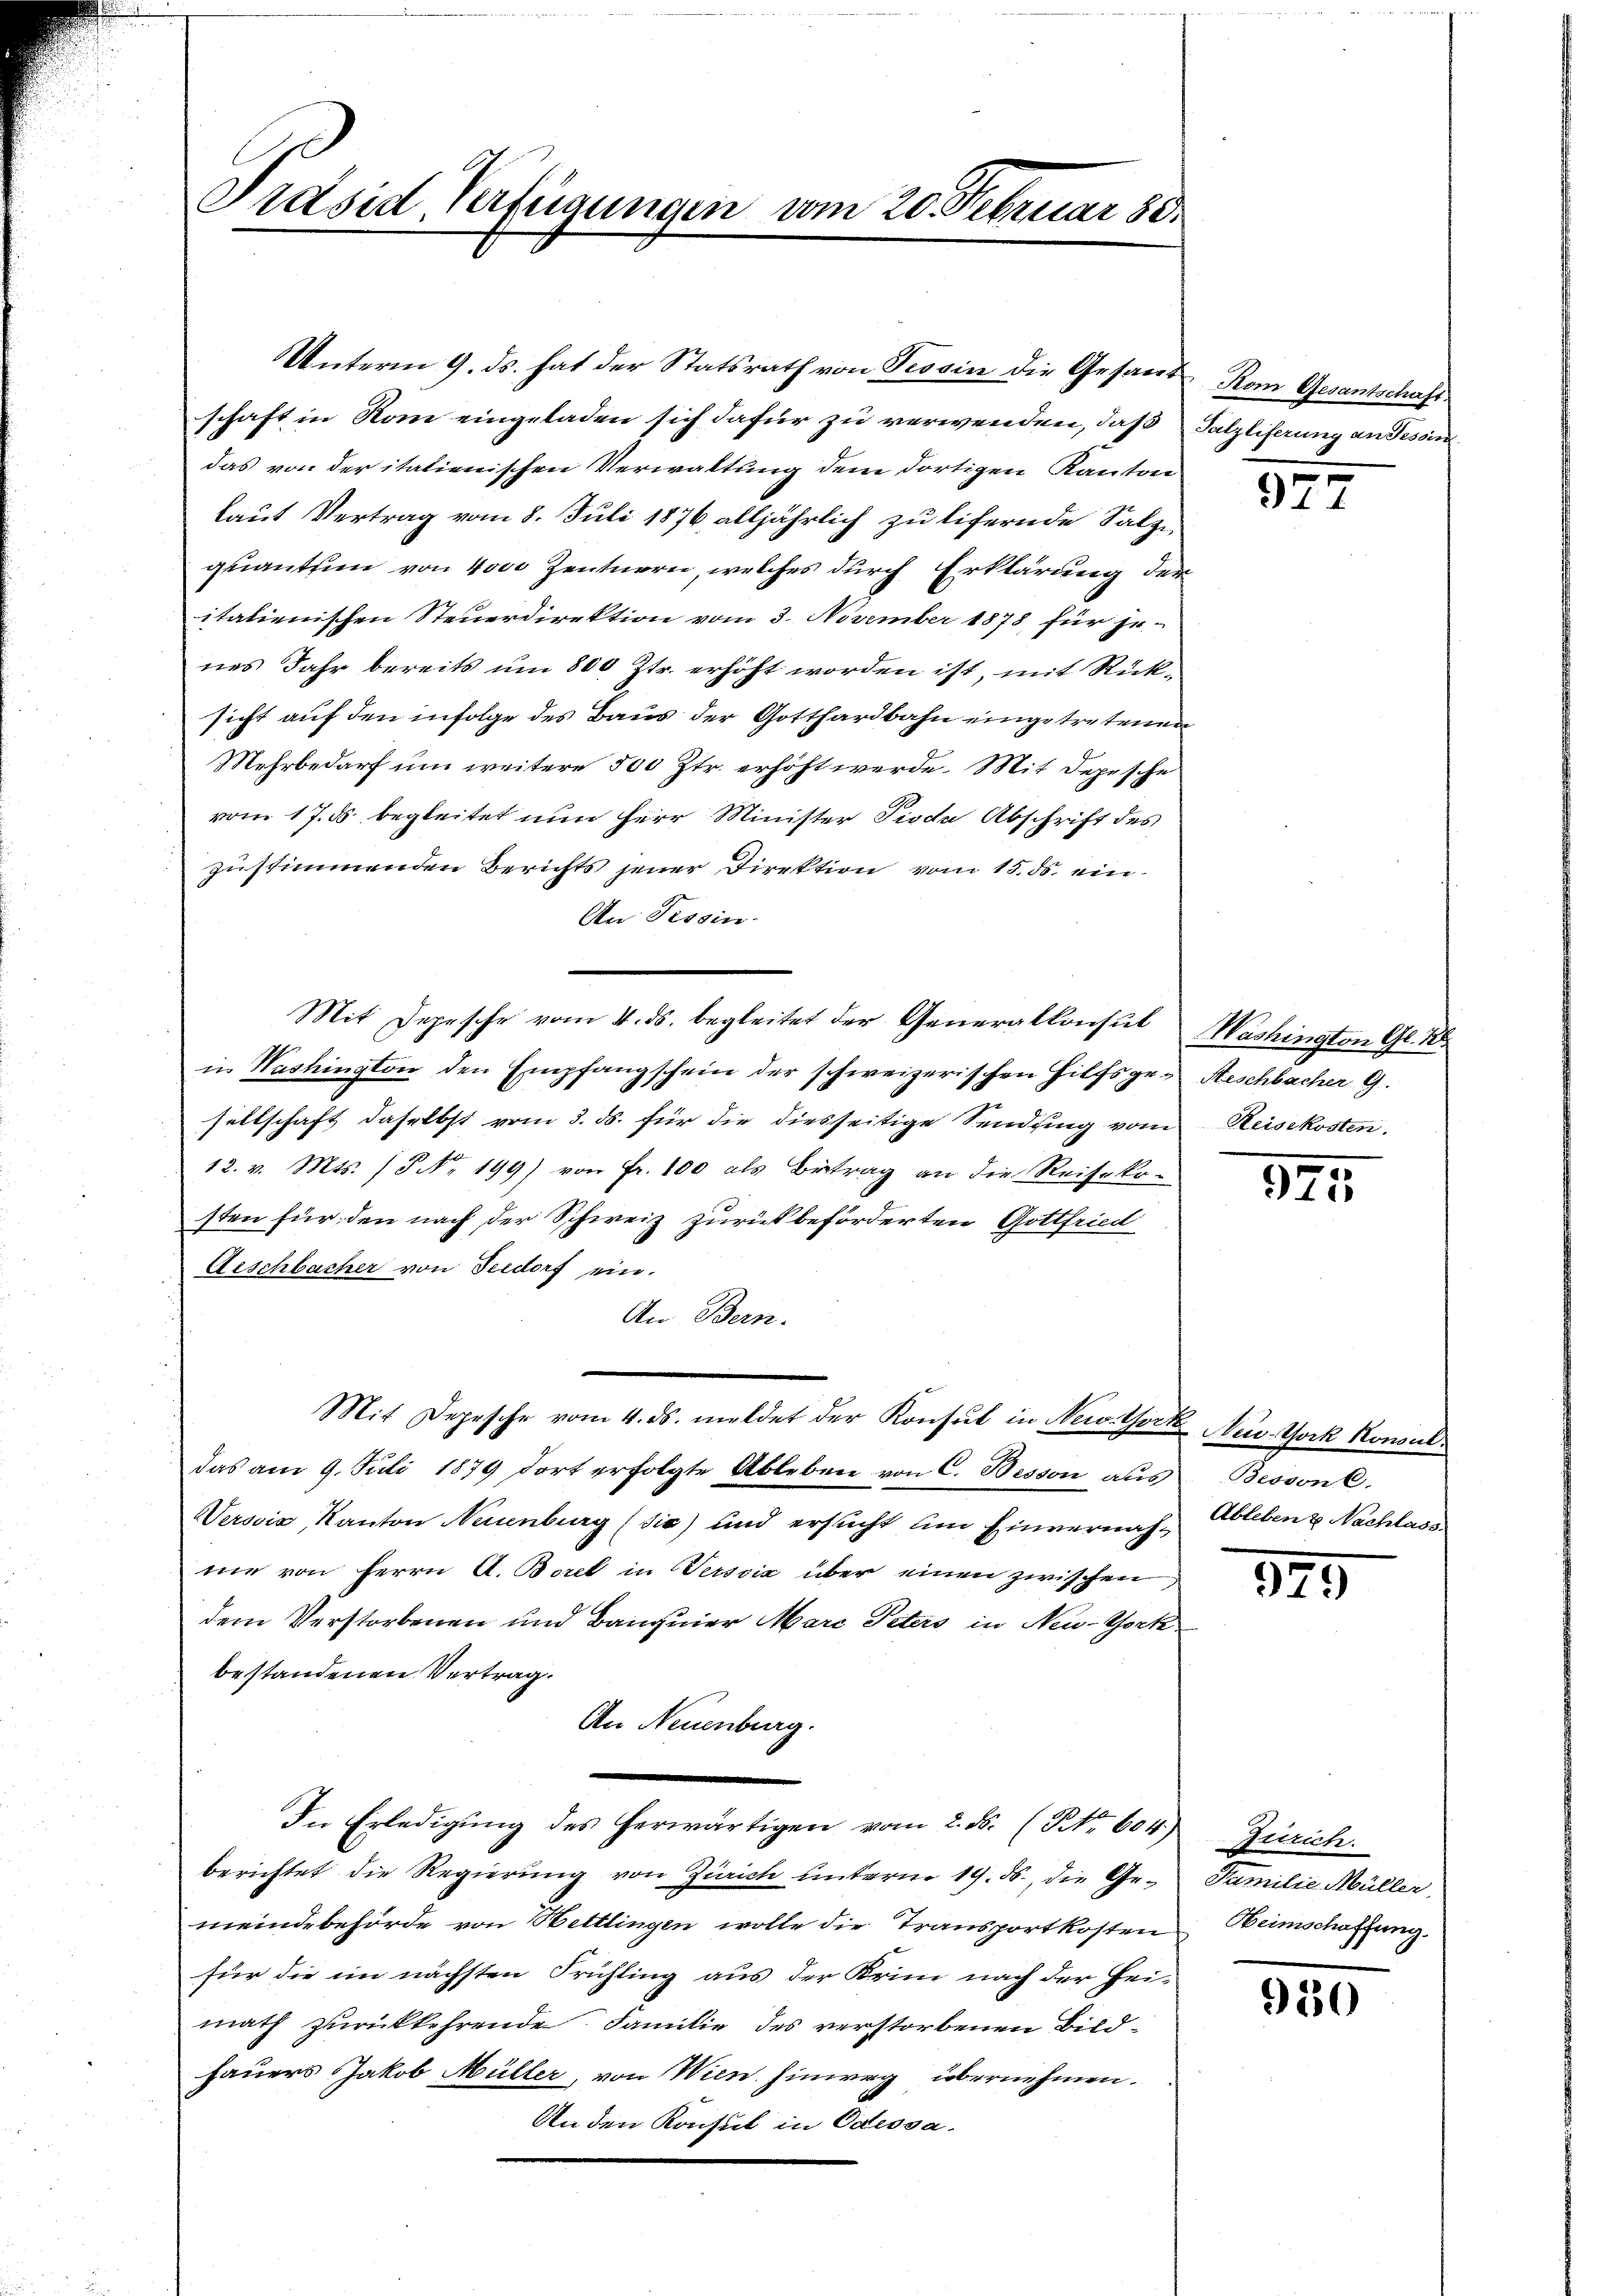
Präsid Verfügungen vom 20. Februar 80.

Unterm 9. ds. hat der Statsrath von Tessin die Gesand Rom Gesantschaft
schaft in Rom eingeladen sich dafür zu verwenden, daß Salzliferung an Tessin
das von der italienischen Verwaltung dem dortigen Kanton
laut Vertrag vom 8. Juli 1876 alljährlich zu lifernde Salz-
quantin von 4000 Zentnern, welches durch Erklärung der
italienischen Steuerdirektion vom 3. November 1878 für je-
nes Jahr bereits um 800 Jtr. erhöht worden ist, mit Rücksicht auf den infolge des Baus der Gotthardbahn eingetretenen
Mehrbedarf um weitere 500 Ztr. erhöht werde. Mit Depesche
vom 17. ds. begleitet nun für Minister Siche Abschrift des
zustimmenden Berichts jener Direktion vom 15. ds. ein¬
An Fissin.
Mit Depesche vom 4. ds. begleitet der Generalkonsul
in Washington den Empfangschein der schweizerischen Hilfsge- Geschbacher G.
seltschaft daselbst vom 3. ds. für die diesseitige Sendsing vom Reisekosten.
12. v. Mts. (P. Nr. 199) von Fr. 100 als Betrag an die Reisekosten für den nach der Schweiz zurückbeförderten Gottfried
Aeschbacher von Seedorf ein.
An Bern.
Mit Depesche vom 4. ds. meldet der Konsul in New-York Aur-York Konsuldas am 9. Juli 1879 dort erfolgte Ableben von C. Besson aŭs Besson C.
Verović, Kanton Neuenburg (Sie) und ersucht um Einvernach Ableben & Nachlass
mie von Herrn A. Borel in Sersvić über einen zwischen
dem Verstorbenen und Banquier Marc Peters in New-York
bestandenen Vertrag.
An Neuenburg.
In Erledigŭng des herwärtigen vom 2. ds. (Nr. 604) Zürich.
berichtet die Regierung von Zürich unterm 19. ds., die Ge- Familie Müller,
meindebehörde von Hettlingen wolle die Transportkosten Heimschaffung.
für die im nächsten Frühling aus der Krim nach der Heimath zurückkehrende Familie des verstorbenen Bild¬
Fauers Jakob Müller, von Wien hinweg übernehmen.
An den Konsul in Odessa.

977

Washington G. B.

325

t

329

930